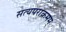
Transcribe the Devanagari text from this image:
सत्यपराक्रमम्